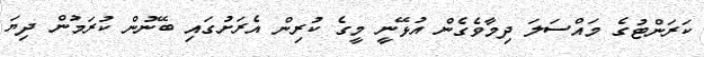
ކަރަންޓުގެ މައްސަލަ ދިމާވެގެން އުޅޭނީ މީގެ ކުރިން އެރަށުގައި ބޭނުން ކުރަމުން ދިޔަ